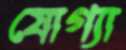
যোগ্যা